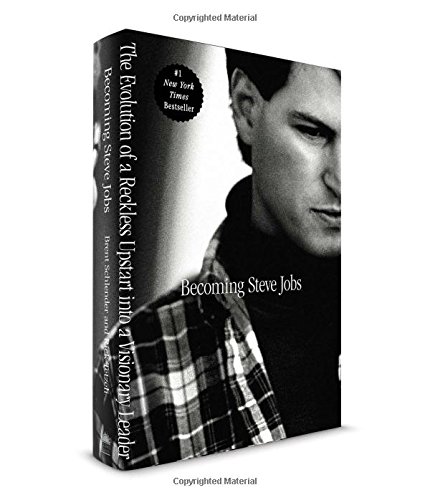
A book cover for Becoming Steve Jobs: The Evolution of a Reckless Upstart into a Visionary Leader; Brent Schlender; Computers & Technology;